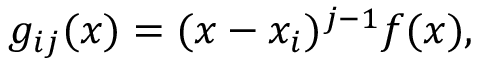
g _ { i j } ( x ) = ( x - x _ { i } ) ^ { j - 1 } f ( x ) ,